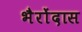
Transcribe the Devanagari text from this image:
भैरोंदास